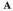
A